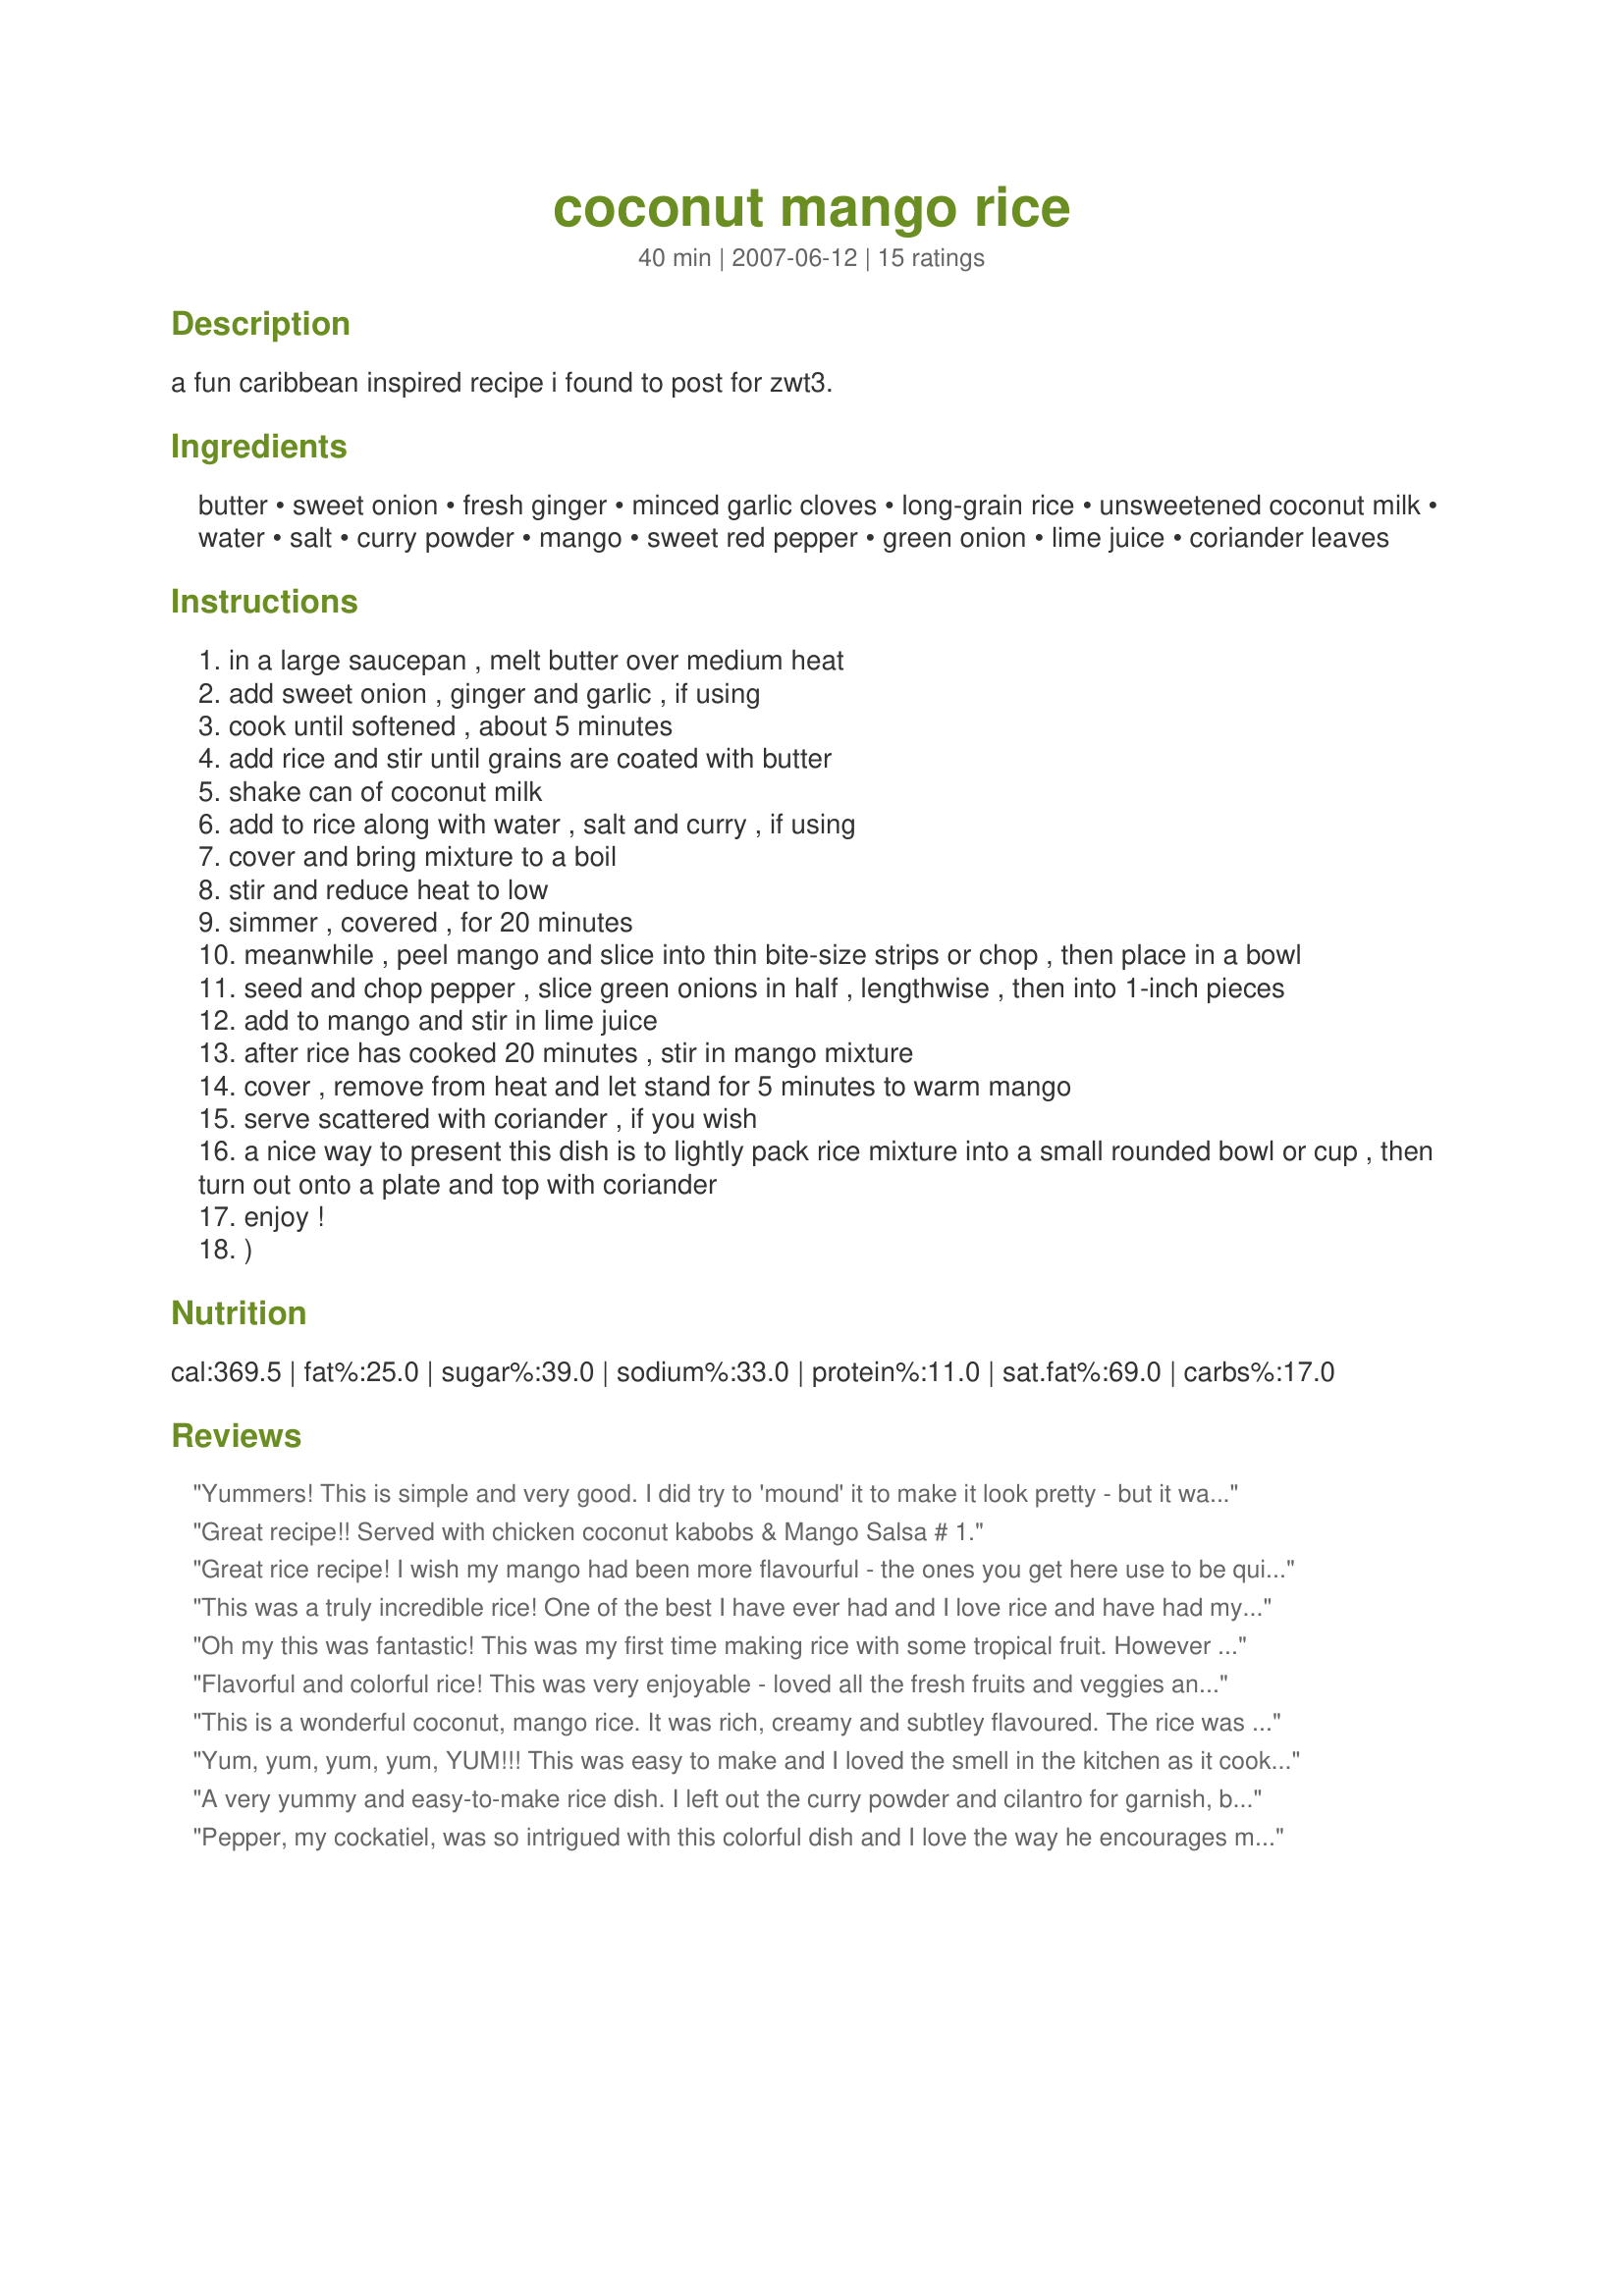
coconut mango rice
Preparation time: 40 minutes

a fun caribbean inspired recipe i found to post for zwt3.

Ingredients:
butter, sweet onion, fresh ginger, minced garlic cloves, long-grain rice, unsweetened coconut milk, water, salt, curry powder, mango, sweet red pepper, green onion, lime juice, coriander leaves

Steps:
in a large saucepan , melt butter over medium heat
add sweet onion , ginger and garlic , if using
cook until softened , about 5 minutes
add rice and stir until grains are coated with butter
shake can of coconut milk
add to rice along with water , salt and curry , if using
cover and bring mixture to a boil
stir and reduce heat to low
simmer , covered , for 20 minutes
meanwhile , peel mango and slice into thin bite-size strips or chop , then place in a bowl
seed and chop pepper , slice green onions in half , lengthwise , then into 1-inch pieces
add to mango and stir in lime juice
after rice has cooked 20 minutes , stir in mango mixture
cover , remove from heat and let stand for 5 minutes to warm mango
serve scattered with coriander , if you wish
a nice way to present this dish is to lightly pack rice mixture into a small rounded bowl or cup , then turn out onto a plate and top with coriander
enjoy !
)

Reviews:
Yummers! This is simple and very good. I did try to 'mound' it to make it look pretty - but it was so moist it just fell into it's own shape, lol. I made this as directed including all optional ingredients except that I halved the recipe and sprinkled some grated coconut on top before serving. Thanks Mommy Diva for sharing this prize. Made for ZWT5 2009 Family Picks.
Great recipe!! Served with chicken coconut kabobs & Mango Salsa # 1.
Great rice recipe! I wish my mango had been more flavourful - the ones you get here use to be quite watery, so mine didn't do the recipe justice. But it was delicious anyway, and I can imagine how fantastic it would be with a ripe, fragrant mango. I'll make this again :) Thanks for sharing!<br/>Made for Cook-A-Thon for Mommy Diva February 2012.
This was a truly incredible rice! One of the best I have ever had and I love rice and have had my share. I added chives instead of green onions, since I didn't have any and used chicken broth instead of water, I also used the garlic. This will go into my Favorites of 2011 folder! Made for ZWT 7.
Oh my this was fantastic! This was my first time making rice with some tropical fruit. However (LOL) I have a fruit basket on top of my table, my grandson had me distracted, so I grab "what I thought" was a mango, instead, it was a papaya!! Laughing so hard, and I didn't realize what it was until I went and digged into it while waiting for the rice! But honestly it was still amazing! Made by member of "Cooks With Dirty Faces" for ZWT. Oh and I served it with "Recipe #233572" Excellent dinner. Thank you :)
Flavorful and colorful rice! This was very enjoyable - loved all the fresh fruits and veggies and the touch of coconut from the milk. Thanks for sharing! ZWT7
This is a wonderful coconut, mango rice. It was rich, creamy and subtley flavoured. The rice was quick and easy to make. It was a wonderful contrast for our spicy chicken. I used Thai red curry in this dish, I didn't have any red peppers or cilantro but will use them the next time I make this tasty dish. Thank you for sharing.
Yum, yum, yum, yum, YUM!!! This was easy to make and I loved the smell in the kitchen as it cooked. Thanks, Mommy Diva, for another terrific recipe. It was very nice, indeed.
A very yummy and easy-to-make rice dish. I left out the curry powder and cilantro for garnish, but made it per directions otherwise, and it turned out perfect.
Pepper, my cockatiel, was so intrigued with this colorful dish and I love the way he encourages me greatly in my cooking endeavors. I'm for hire!
This was really good. I served it with chicken skewers and peanut sauce and that went together very well. I will definitely make this one again. Thanks for posting!
Great rice. I made half a recipe and still made lots. I served it with Recipe #331869 and for dessert Recipe #313127.
This rice went wonderfully with the jerk marinated steaks I grilled up the other night. I really enjoyed the flavor and subtle sweetness of it. I did use the curry powder and added a little fresh chopped poblano chili to the dish to add a level of heat which I enjoy. Used flat Italian parsley instead of coriander leaves (aka cilantro). Will definately make again! Next time maybe I'll have a camera by then. :)
Jammin! I did use the curry. I used yellow bell pepper but I sauteed it along with the onion mixture in my rice cooker before adding the rice. I skipped the salt. I added coriander to my own for the family doesn`t like cilantro! Thanks for a delish side. Made for ZWT5
Good. I'd add a little Splenda to make it a bit sweeter, though.
